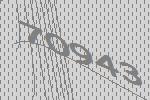
70943